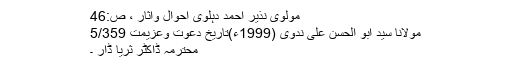
مولوی نذیر احمد دہلوی احوال وآثار ، ص:46
مولانا سید ابو الحسن علی ندوی (1999ء)تاریخ دعوت وعزیمت 5/359
محترمہ ڈاکٹر ثریا ڈار ۔